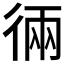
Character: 𱝰